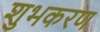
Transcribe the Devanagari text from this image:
शुभकरण